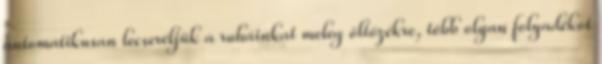
automatikusan lecseréljük a ruháinkat meleg öltözékre, több olyan folyadékot